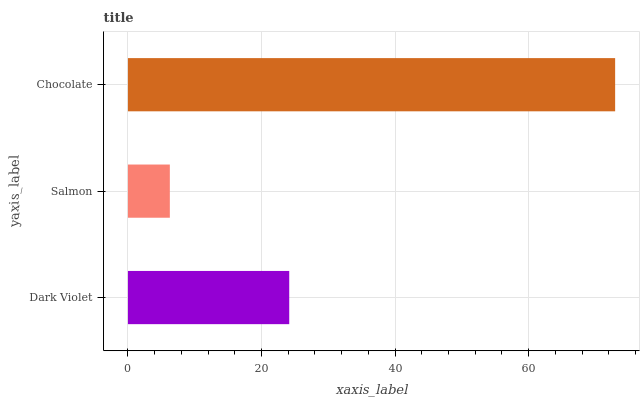
| yaxis_label | bars |
 | --- | --- |
 | Dark Violet | 24.2 |
 | Salmon | 6.27 |
 | Chocolate | 73 |